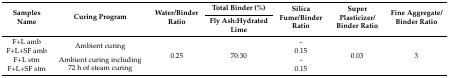
| <ROWSPAN=2> Samples Name | <ROWSPAN=2> Curing Program | <ROWSPAN=2> Water/Binder Ratio | Total Binder (%) | <ROWSPAN=2> Silica Fume/Binder Ratio | <ROWSPAN=2> Super Plasticizer/Binder Ratio | <ROWSPAN=2> Fine Aggregate/Binder Ratio |
 | Fly Ash:Hydrated Lime |
 | --- | --- | --- | --- | --- | --- | --- |
 | F+L amb | <ROWSPAN=2> Ambient curing | <ROWSPAN=4> 0.25 | <ROWSPAN=4> 70:30 | - | <ROWSPAN=4> 0.03 | <ROWSPAN=4> 3 |
 | F+L+SF amb | 0.15 |
 | F+L stm | <ROWSPAN=2> Ambient curing including 72 h of steam curing | - |
 | F+L+SF stm | 0.15 |